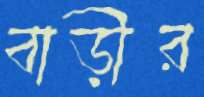
বাড়ীর